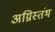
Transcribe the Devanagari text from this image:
अग्निस्तंभ